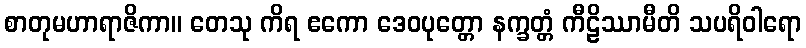
စာတုမဟာရာဇိကာ။ တေသု ကိရ ဧကော ဒေဝပုတ္တော နက္ခတ္တံ ကီဠိဿာမီတိ သပရိဝါရော